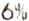
6%